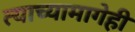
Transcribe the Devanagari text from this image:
त्याच्यामागेही